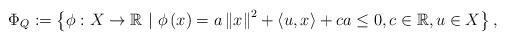
LaTeX: \begin{align*}\Phi_{Q}:=\left\{ \phi:X\to\mathbb{R} \ |\ \phi\left(x\right)=a\left\Vert x\right\Vert ^{2}+\left\langle u,x\right\rangle +c a\leq 0 ,c\in\mathbb{R},u\in X\right\},\end{align*}